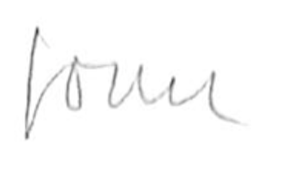
Text: form
Cross-out: clean
Writing tool: pencil